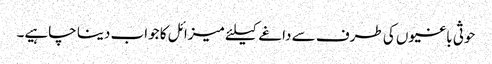
حوثی باغیوں کی طرف سے داغے کیلئے میزائل کا جواب دینا چاہیے۔